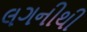
લગનીથી